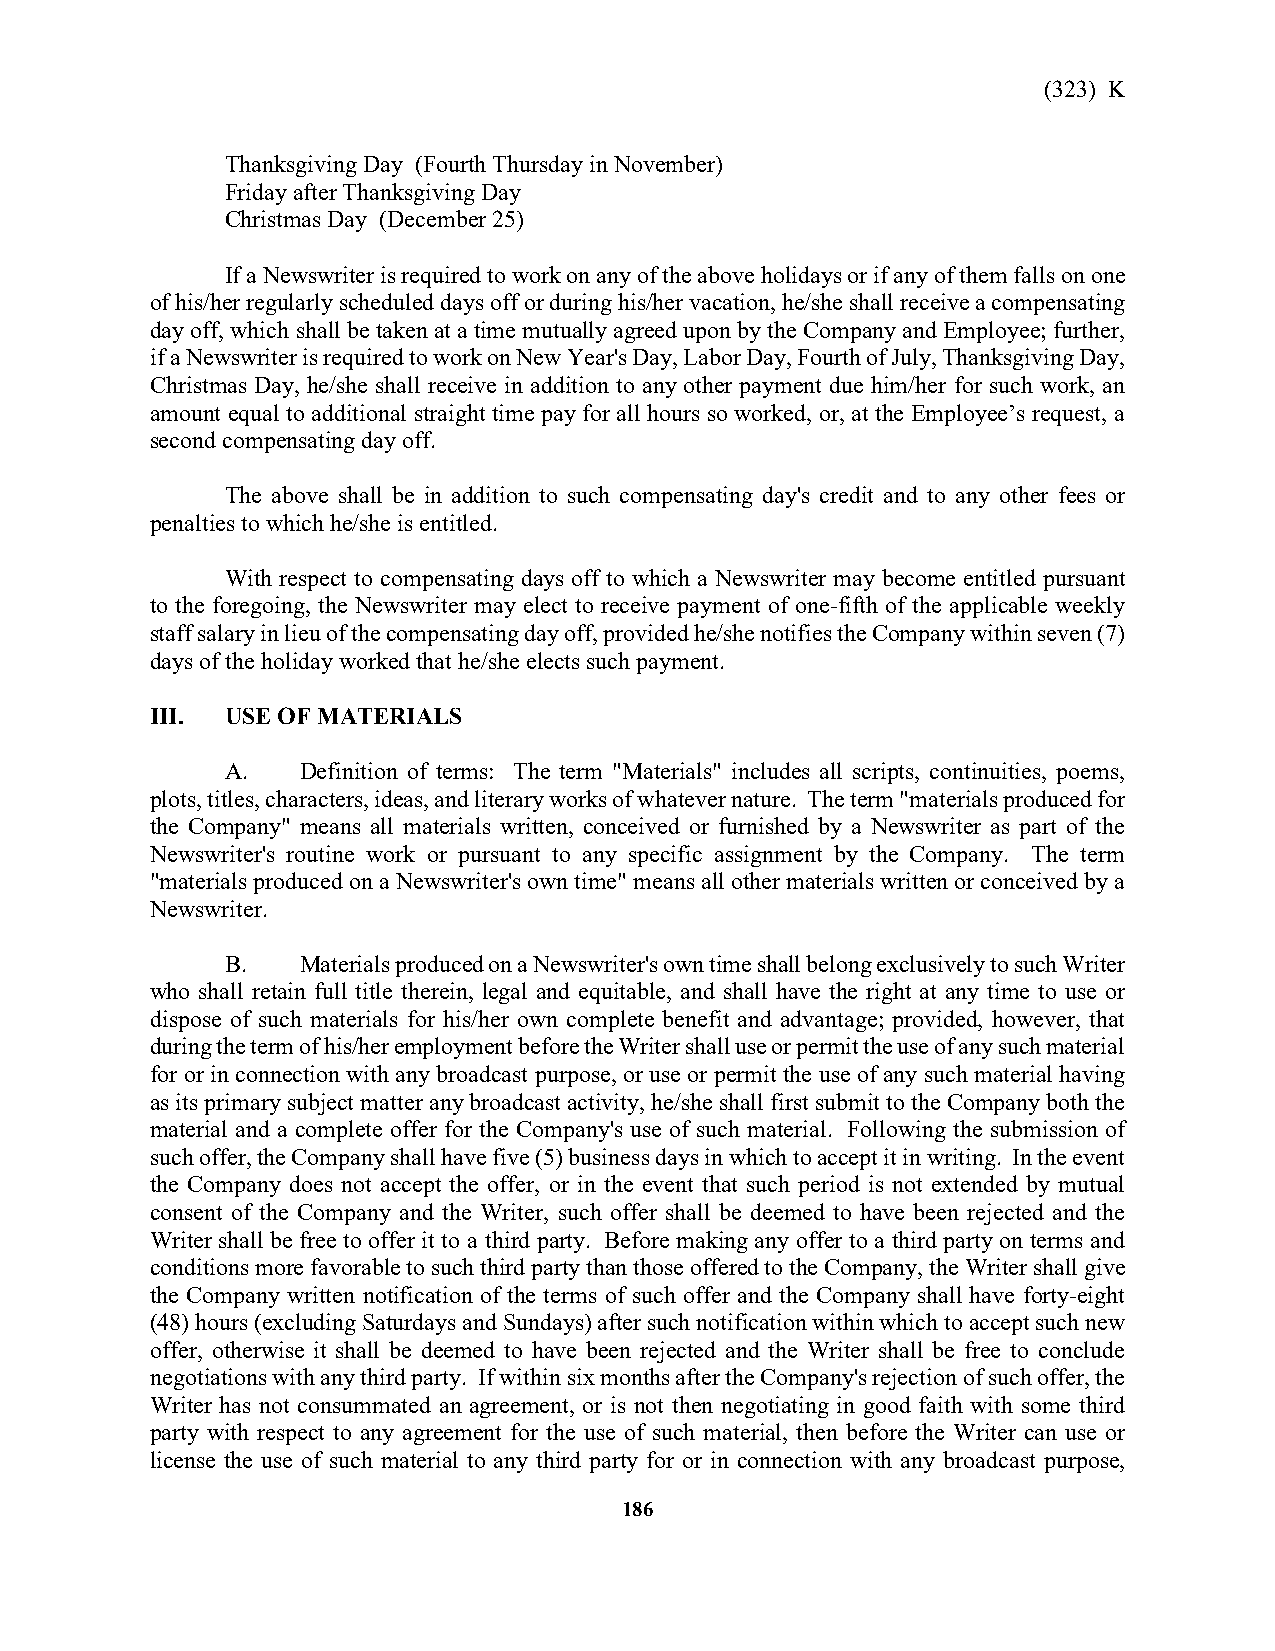
(323) K
 Thanksgiving Day (Fourth Thursday in November)
 Friday after Thanksgiving Day
 Christmas Day (December 25)
 If a Newswriter is required to work on any of the above holidays or if any of them falls on one
 of his/her regularly scheduled days off or during his/her vacation, he/she shall receive a compensating
 day off, which shall be taken at a time mutually agreed upon by the Company and Employee; further,
 if a Newswriter is required to work on New Year's Day, Labor Day, Fourth of July, Thanksgiving Day,
 Christmas Day, he/she shall receive in addition to any other payment due him/her for such work, an
 amount equal to additional straight time pay for all hours so worked, or, at the Employee’s request, a
 second compensating day off.
 The above shall be in addition to such compensating day's credit and to any other fees or
 penalties to which he/she is entitled.
 With respect to compensating days off to which a Newswriter may become entitled pursuant
 to the foregoing, the Newswriter may elect to receive payment of one-fifth of the applicable weekly
 staff salary in lieu of the compensating day off, provided he/she notifies the Company within seven (7)
 days of the holiday worked that he/she elects such payment.
 III. USE OF MATERIALS
 A.   Definition of terms: The term "Materials" includes all scripts, continuities, poems,
 plots, titles, characters, ideas, and literary works of whatever nature. The term "materials produced for
 the Company" means all materials written, conceived or furnished by a Newswriter as part of the
 Newswriter's routine work or pursuant to any specific assignment by the Company. The term
 "materials produced on a Newswriter's own time" means all other materials written or conceived by a
 Newswriter.
 B.   Materials produced on a Newswriter's own time shall belong exclusively to such Writer
 who shall retain full title therein, legal and equitable, and shall have the right at any time to use or
 dispose of such materials for his/her own complete benefit and advantage; provided, however, that
 during the term of his/her employment before the Writer shall use or permit the use of any such material
 for or in connection with any broadcast purpose, or use or permit the use of any such material having
 as its primary subject matter any broadcast activity, he/she shall first submit to the Company both the
 material and a complete offer for the Company's use of such material. Following the submission of
 such offer, the Company shall have five (5) business days in which to accept it in writing. In the event
 the Company does not accept the offer, or in the event that such period is not extended by mutual
 consent of the Company and the Writer, such offer shall be deemed to have been rejected and the
 Writer shall be free to offer it to a third party. Before making any offer to a third party on terms and
 conditions more favorable to such third party than those offered to the Company, the Writer shall give
 the Company written notification of the terms of such offer and the Company shall have forty-eight
 (48) hours (excluding Saturdays and Sundays) after such notification within which to accept such new
 offer, otherwise it shall be deemed to have been rejected and the Writer shall be free to conclude
 negotiations with any third party. If within six months after the Company's rejection of such offer, the
 Writer has not consummated an agreement, or is not then negotiating in good faith with some third
 party with respect to any agreement for the use of such material, then before the Writer can use or
 license the use of such material to any third party for or in connection with any broadcast purpose,
 186